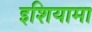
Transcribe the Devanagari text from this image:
इशियामा